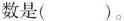
数是（）。